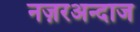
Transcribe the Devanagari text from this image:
नज़रअन्दाज